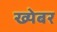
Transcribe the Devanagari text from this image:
ख्येबर